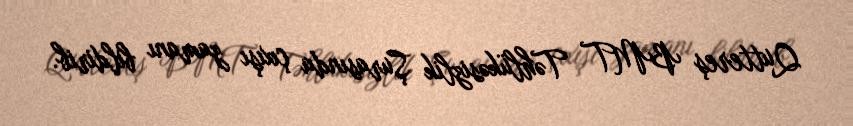
Quttereş BMT Təhlükəsizlik Şurasında çıxışı zamanı bildirib.